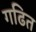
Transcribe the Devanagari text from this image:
गढित